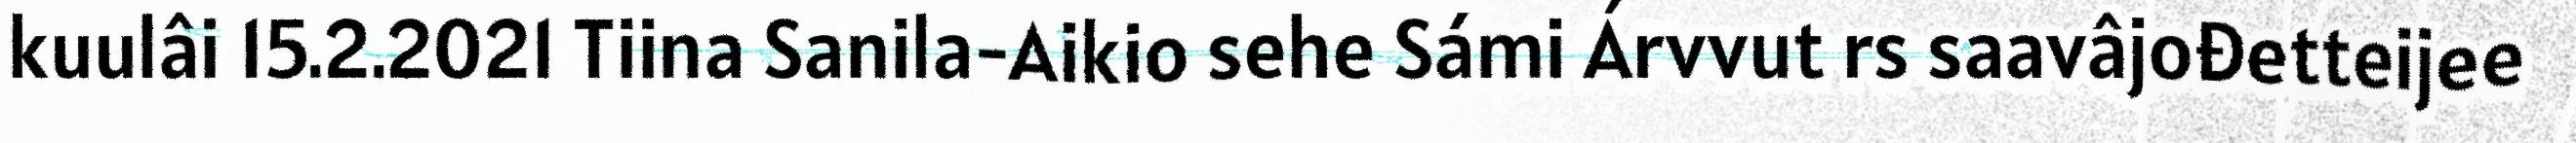
kuulâi 15.2.2021 Tiina Sanila-Aikio sehe Sámi Árvvut rs saavâjođetteijee